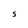
Character: S